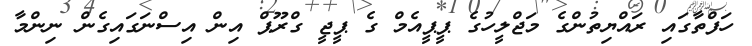
ހަފްތާގައި ރައްޔިތުންގެ މަޖްލީހުގެ ޕީޕީއެމް ގެ ޕީޖީ ގްރޫޕް އިން އިސްނަގައިގެން ނިންމާ